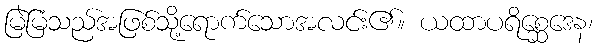
မြဲမြံသည်အဖြစ်သို့ရောက်သောအလင်း၏။ ယထာပရိစ္ဆေဒေန၊